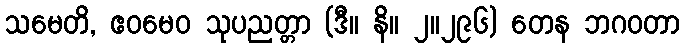
သမေတိ, ဧဝမေဝ သုပညတ္တာ (ဒီ။ နိ။ ၂။၂၉၆) တေန ဘဂဝတာ